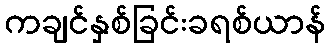
ကချင်နှစ်ခြင်းခရစ်ယာန်